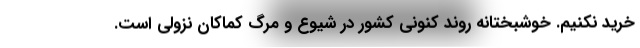
خرید نکنیم. خوشبختانه روند کنونی کشور در شیوع و مرگ کماکان نزولی است.